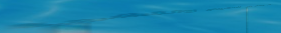
مكتب متخصص في تصميم وتنفي